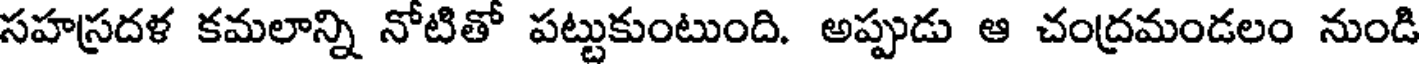
సహస్రదళ కమలాన్ని నోటితో పట్టుకుంటుంది. అప్పుడు ఆ చంద్రమండలం నుండి